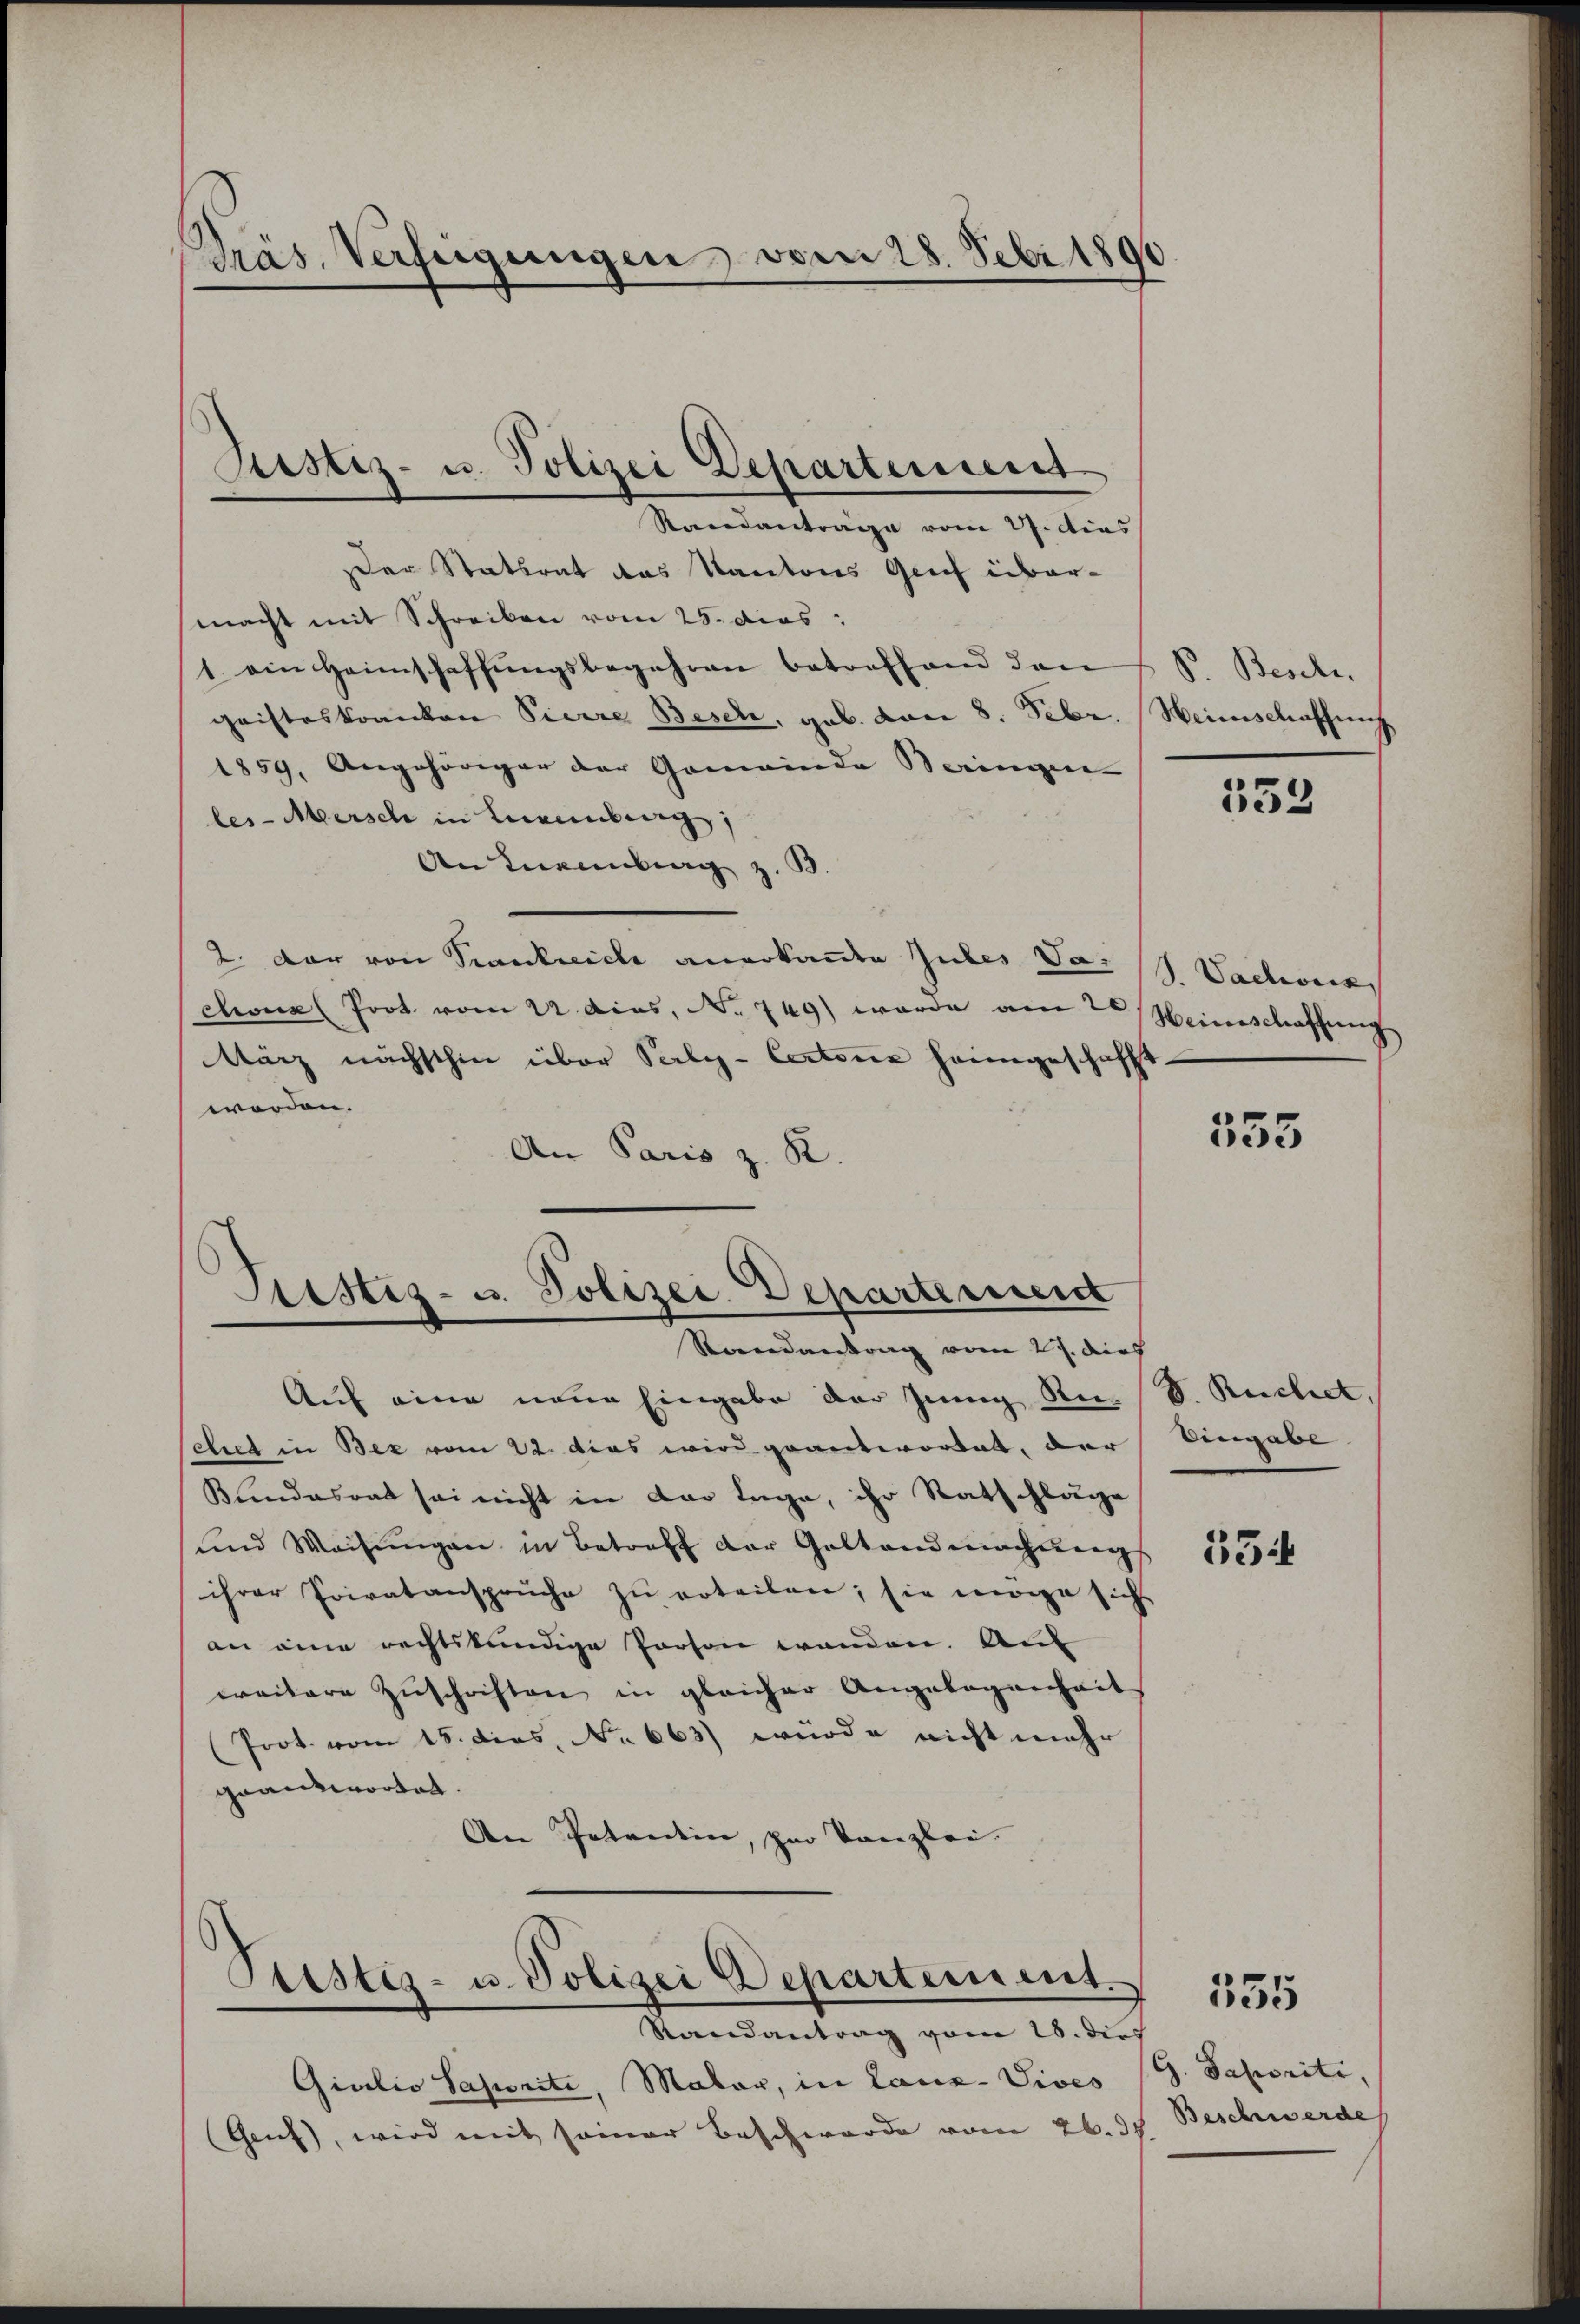
Präs. Verfeigungen, vom 28. Febr 1891

Der Statsrat das Kantons Greif übermacht mit Schreiben vom 25. dies
1 ein Heimschaffŭngsbegehren betreffend dan
gaisteskranken Pierre Besch, geb. von 8. Febr. Weinschaffung
1859, Angehöriger der Gemeinde Beringen-
les-Meersch in Neuenburg,
An Luxenburg z. P
2. der von Krankreich anerkannte Gutes Vas (s. Sachverz
choux (Prot vom 22. dies, No 749) wurde am 20 Meinschaffung
März nächsthin über Perly-Certonie heimgeschafft
worden.
An Paris z. R.

Justiz- u. Polizei Departeiiscret
Randantrage vom 21. dies

Trestiz- u. Polizei-Departement
Raandantrag vom 27. durf

Auf eine neue Eingabe der Junig Sn. (S. Ruchet,
eiet in Bez vom 22. das wird geantwortet, der
Blindesrat sei nicht in der Lage, ihr Ratschläge
und Weisŭngen in Betreff der Geltendmachŭngs
ihrer Privatanspruche zu erteilen; sie möge sich
an eine rechtskundige Person wenden. Au
weitere Zuschriften in gleicher Angelegenheit
(Prot. vom 15. dies, No 663) würde nicht mehr
geantwortet.
An Patendein, zur Kanzlei.

Pristiz- u. Polizei Departement.
Randantrag vom 28. des

Giulio Pajorite, Mater, in Laux-Vives
(Genf, wird mit seiner Beschwerde vom 26. d.

B. Beschr.

333

555

Eingabe

554

335

G. Saporité,
 Beschwerde